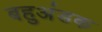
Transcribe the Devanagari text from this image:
बहुअंडक